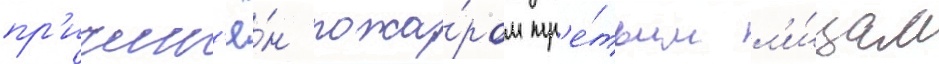
пр'ичин'ё́н пожа́ром тр'е́тьим л'и́цам